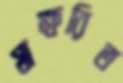
স্বাক্ষরিত